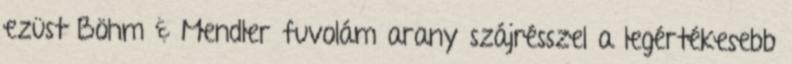
ezüst Böhm & Mendler fuvolám arany szájrésszel a legértékesebb